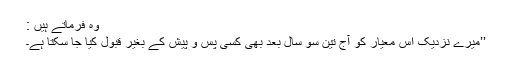
وہ فرماتے ہیں :
’’میرے نزدیک اس معیار کو آج تین سو سال بعد بھی کسی پس و پیش کے بغیر قبول کیا جا سکتا ہے۔